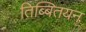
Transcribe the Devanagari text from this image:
तिब्बितयन